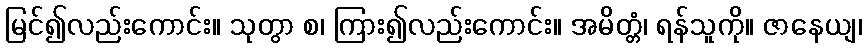
မြင်၍လည်းကောင်း။ သုတွာ စ၊ ကြား၍လည်းကောင်း။ အမိတ္တံ၊ ရန်သူကို။ ဇာနေယျ၊